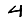
Digit: 4